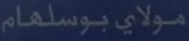
مولاي_بوسلهام